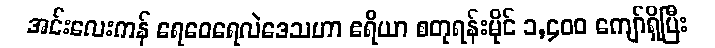
အင်းလေးကန် ရေဝေရေလဲဒေသဟာ ဧရိယာ စတုရန်းမိုင် ၁,၄၀၀ ကျော်ရှိပြီး